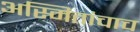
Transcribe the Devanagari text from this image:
अस्मितांचाच